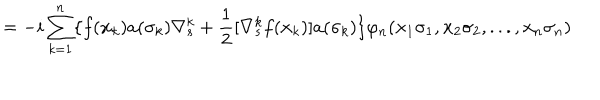
= - i \sum _ { k = 1 } ^ { n } \{ f ( { \bf { x } } _ { k } ) a ( \sigma _ { k } ) \nabla _ { s } ^ { k } + \frac { 1 } { 2 } [ \nabla _ { s } ^ { k } f ( { \bf { x } } _ { k } ) ] a ( \sigma _ { k } ) \} \varphi _ { n } ( { \bf { x } } _ { 1 } \sigma _ { 1 } , { \bf { x } } _ { 2 } \sigma _ { 2 } , . . . , { \bf { x } } _ { n } \sigma _ { n } )